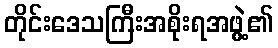
တိုင်းဒေသကြီးအစိုးရအဖွဲ့၏